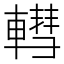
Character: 轊